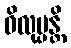
ဝိလုမ္ပန္တိ